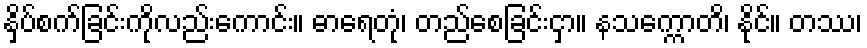
နှိပ်စက်ခြင်းကိုလည်းကောင်း။ ဓာရေတုံ၊ တည်စေခြင်းငှာ။ နသက္ကောတိ၊ နိုင်။ တဿ၊